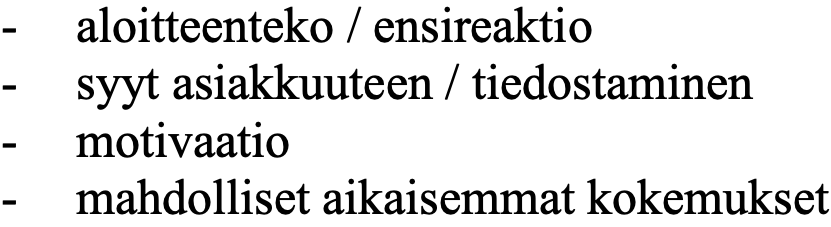
- aloitteenteko / ensireaktio - syyt asiakkuuteen / tiedostaminen - motivaatio - mahdolliset aikaisemmat kokemukset